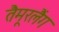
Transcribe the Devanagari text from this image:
तैमूरलैंग